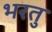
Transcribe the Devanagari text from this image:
भरतु